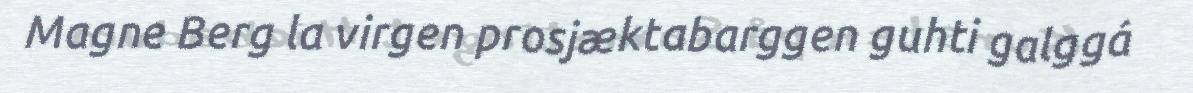
Magne Berg la virgen prosjæktabarggen guhti galggá